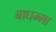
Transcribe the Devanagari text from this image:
बाघम्मा